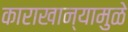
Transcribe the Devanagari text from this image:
काराखान्यामुळे